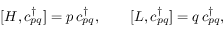
[ H , c _ { p q } ^ { \dagger } ] = p \, c _ { p q } ^ { \dagger } , \qquad [ L , c _ { p q } ^ { \dagger } ] = q \, c _ { p q } ^ { \dagger } ,